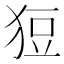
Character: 𤞟